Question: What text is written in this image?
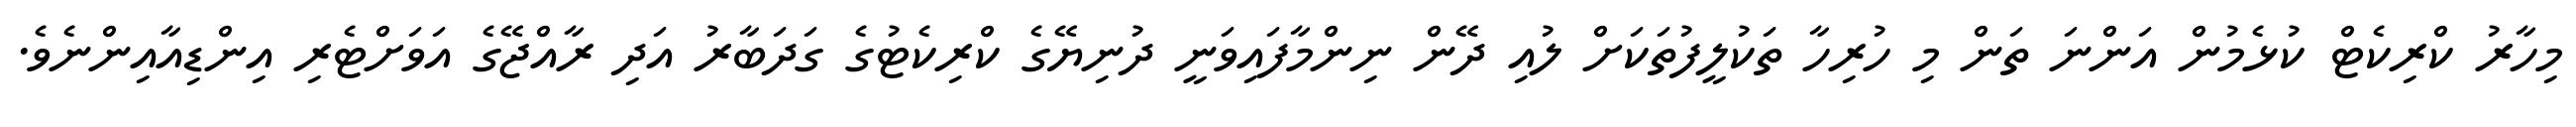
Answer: މިހާރު ކްރިކެޓް ކުޅެމުން އަންނަ ތަން މި ހުރިހާ ތަކުލީފުތަކަށް ލުއި ދޭން ނިންމާފައިވަނީ ދުނިޔޭގެ ކްރިކެޓުގެ ގަދަބާރު އަދި ރާއްޖޭގެ އަވަށްޓެރި އިންޑިއާއިންނެވެ.